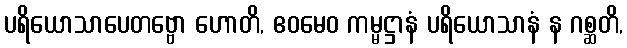
ပရိယောသာပေတဗ္ဗော ဟောတိ, ဧဝမေဝ ကမ္မဋ္ဌာနံ ပရိယောသာနံ န ဂစ္ဆတိ,